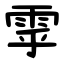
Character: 雽